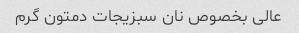
عالی بخصوص نان سبزیجات دمتون گرم